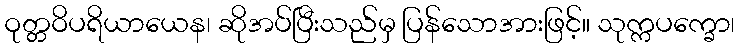
ဝုတ္တဝိပရိယာယေန၊ ဆိုအပ်ပြီးသည်မှ ပြန်သောအားဖြင့်။ သုက္ကပက္ခော၊